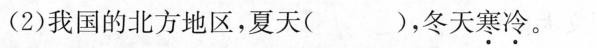
(2)我国的北方地区，夏天( )，冬天寒冷。